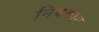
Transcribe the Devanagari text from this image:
निषकाम